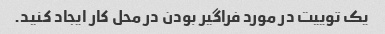
یک توییت در مورد فراگیر بودن در محل کار ایجاد کنید.